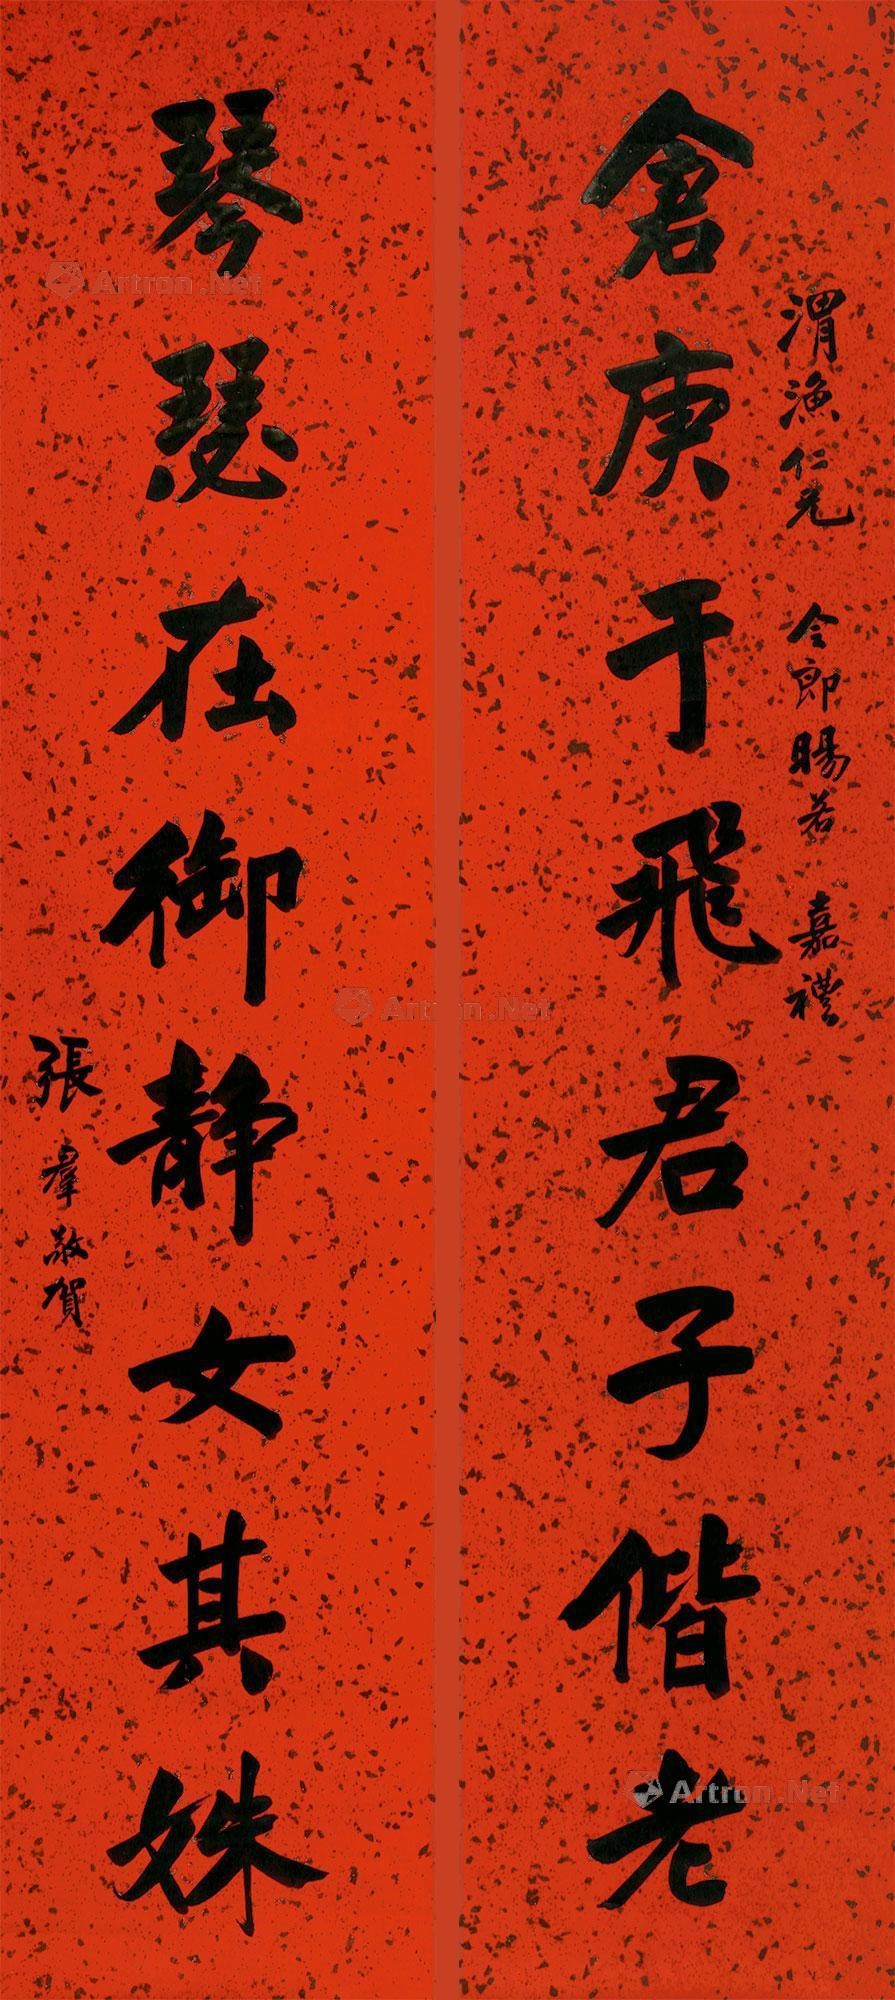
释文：仓庚于飞君子偕老，琴瑟在御静女其姝。渭渔仁兄，令郎旸若嘉礼，张群敬贺。